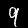
Digit: 9